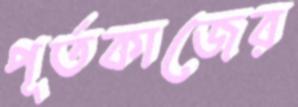
পূর্তকাজের